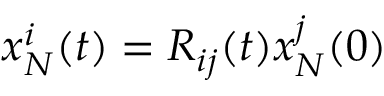
x _ { N } ^ { i } ( t ) = R _ { i j } ( t ) x _ { N } ^ { j } ( 0 )